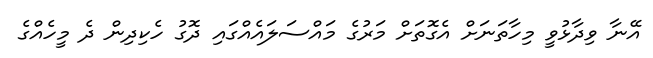
އޭނާ ވިދާޅުވީ މިހާތަނަށް އެގޮތަށް މަރުގެ މައްސަލައެއްގައި ދޮގު ހެކިދިން ދެ މީހެއްގެ